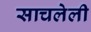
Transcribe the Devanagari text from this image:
साचलेली